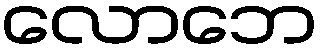
လောဘေ